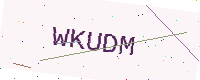
Text: WKUDM